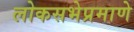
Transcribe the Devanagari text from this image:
लोकसभेप्रमाणे